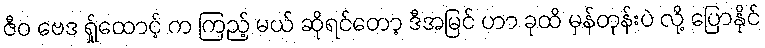
ဇီဝ ဗေဒ ရ်ှုထောင့် က ကြည့် မယ် ဆိုရင်တော့ ဒီအမြင် ဟာ ခုထိ မှန်တုန်းပဲ လို့ ပြောနိုင်